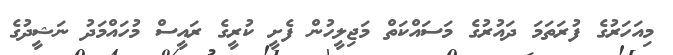
މިއަހަރުގެ ފުރަތަމަ ދައުރުގެ މަސައްކަތް މަޖިލީހުން ފެށީ ކުރީގެ ރައީސް މުހައްމަދު ނަޝީދުގެ